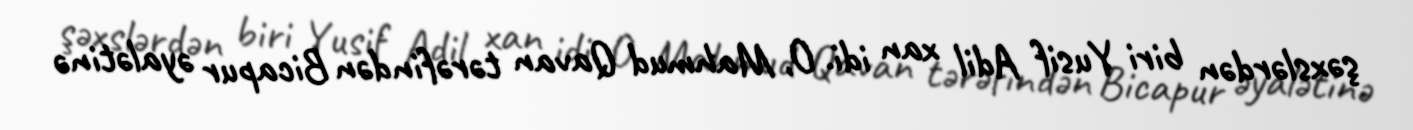
şəxslərdən biri Yusif Adil xan idi. O, Mahmud Qavan tərəfindən Bicapur əyalətinə